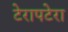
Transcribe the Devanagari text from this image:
टेरापटेरा